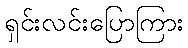
ရှင်းလင်းပြောကြား